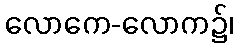
လောကေ-လောက၌၊